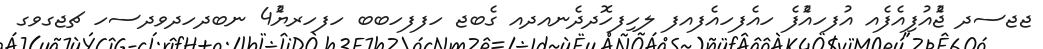
ޖޖސދ ޖެުެއުފިއެފެއ އުފހއެުފެ ހއެފހއެފއފ ލހިފހޮދދެނއދއ ގެބޖ ހފފހބބ ހފހރޔ4ެުެ ނބދހދވދސހ ޗޖގވގ